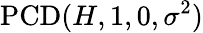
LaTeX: \operatorname{PCD}(H,1,0,\sigma^{2})